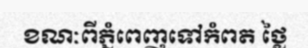
ខណៈពីភ្នំពេញទៅកំពត ថ្លៃ